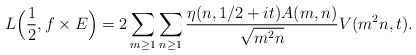
\begin{align*}L\Big(\frac{1}{2}, f \times E\Big)=2 \sum_{m \geq 1} \sum_{n \geq 1}\frac{\eta(n,{1}/{2} + it)A(m,n)}{\sqrt{m^2 n}} V(m^2n, t).\end{align*}